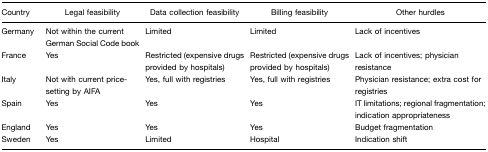
| Country | Legal feasibility | Data collection feasibility | Billing feasibility | Other hurdles |
 | --- | --- | --- | --- | --- |
 | Germany | Not within the current German Social Code book | Limited | Limited | Lack of incentives |
 | France | Yes | Restricted (expensive drugs provided by hospitals) | Restricted (expensive drugs provided by hospitals) | Lack of incentives; physician resistance |
 | Italy | Not with current price-setting by AIFA | Yes, full with registries | Yes, full with registries | Physician resistance; extra cost for registries |
 | Spain | Yes | Yes | Yes | IT limitations; regional fragmentation; indication appropriateness |
 | England | Yes | Yes | Yes | Budget fragmentation |
 | Sweden | Yes | Limited | Hospital | Indication shift |